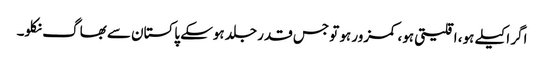
اگر اکیلے ہو، اقلیتی ہو، کمزور ہو تو جس قدر جلد ہوسکے پاکستان سے بھاگ نکلو۔